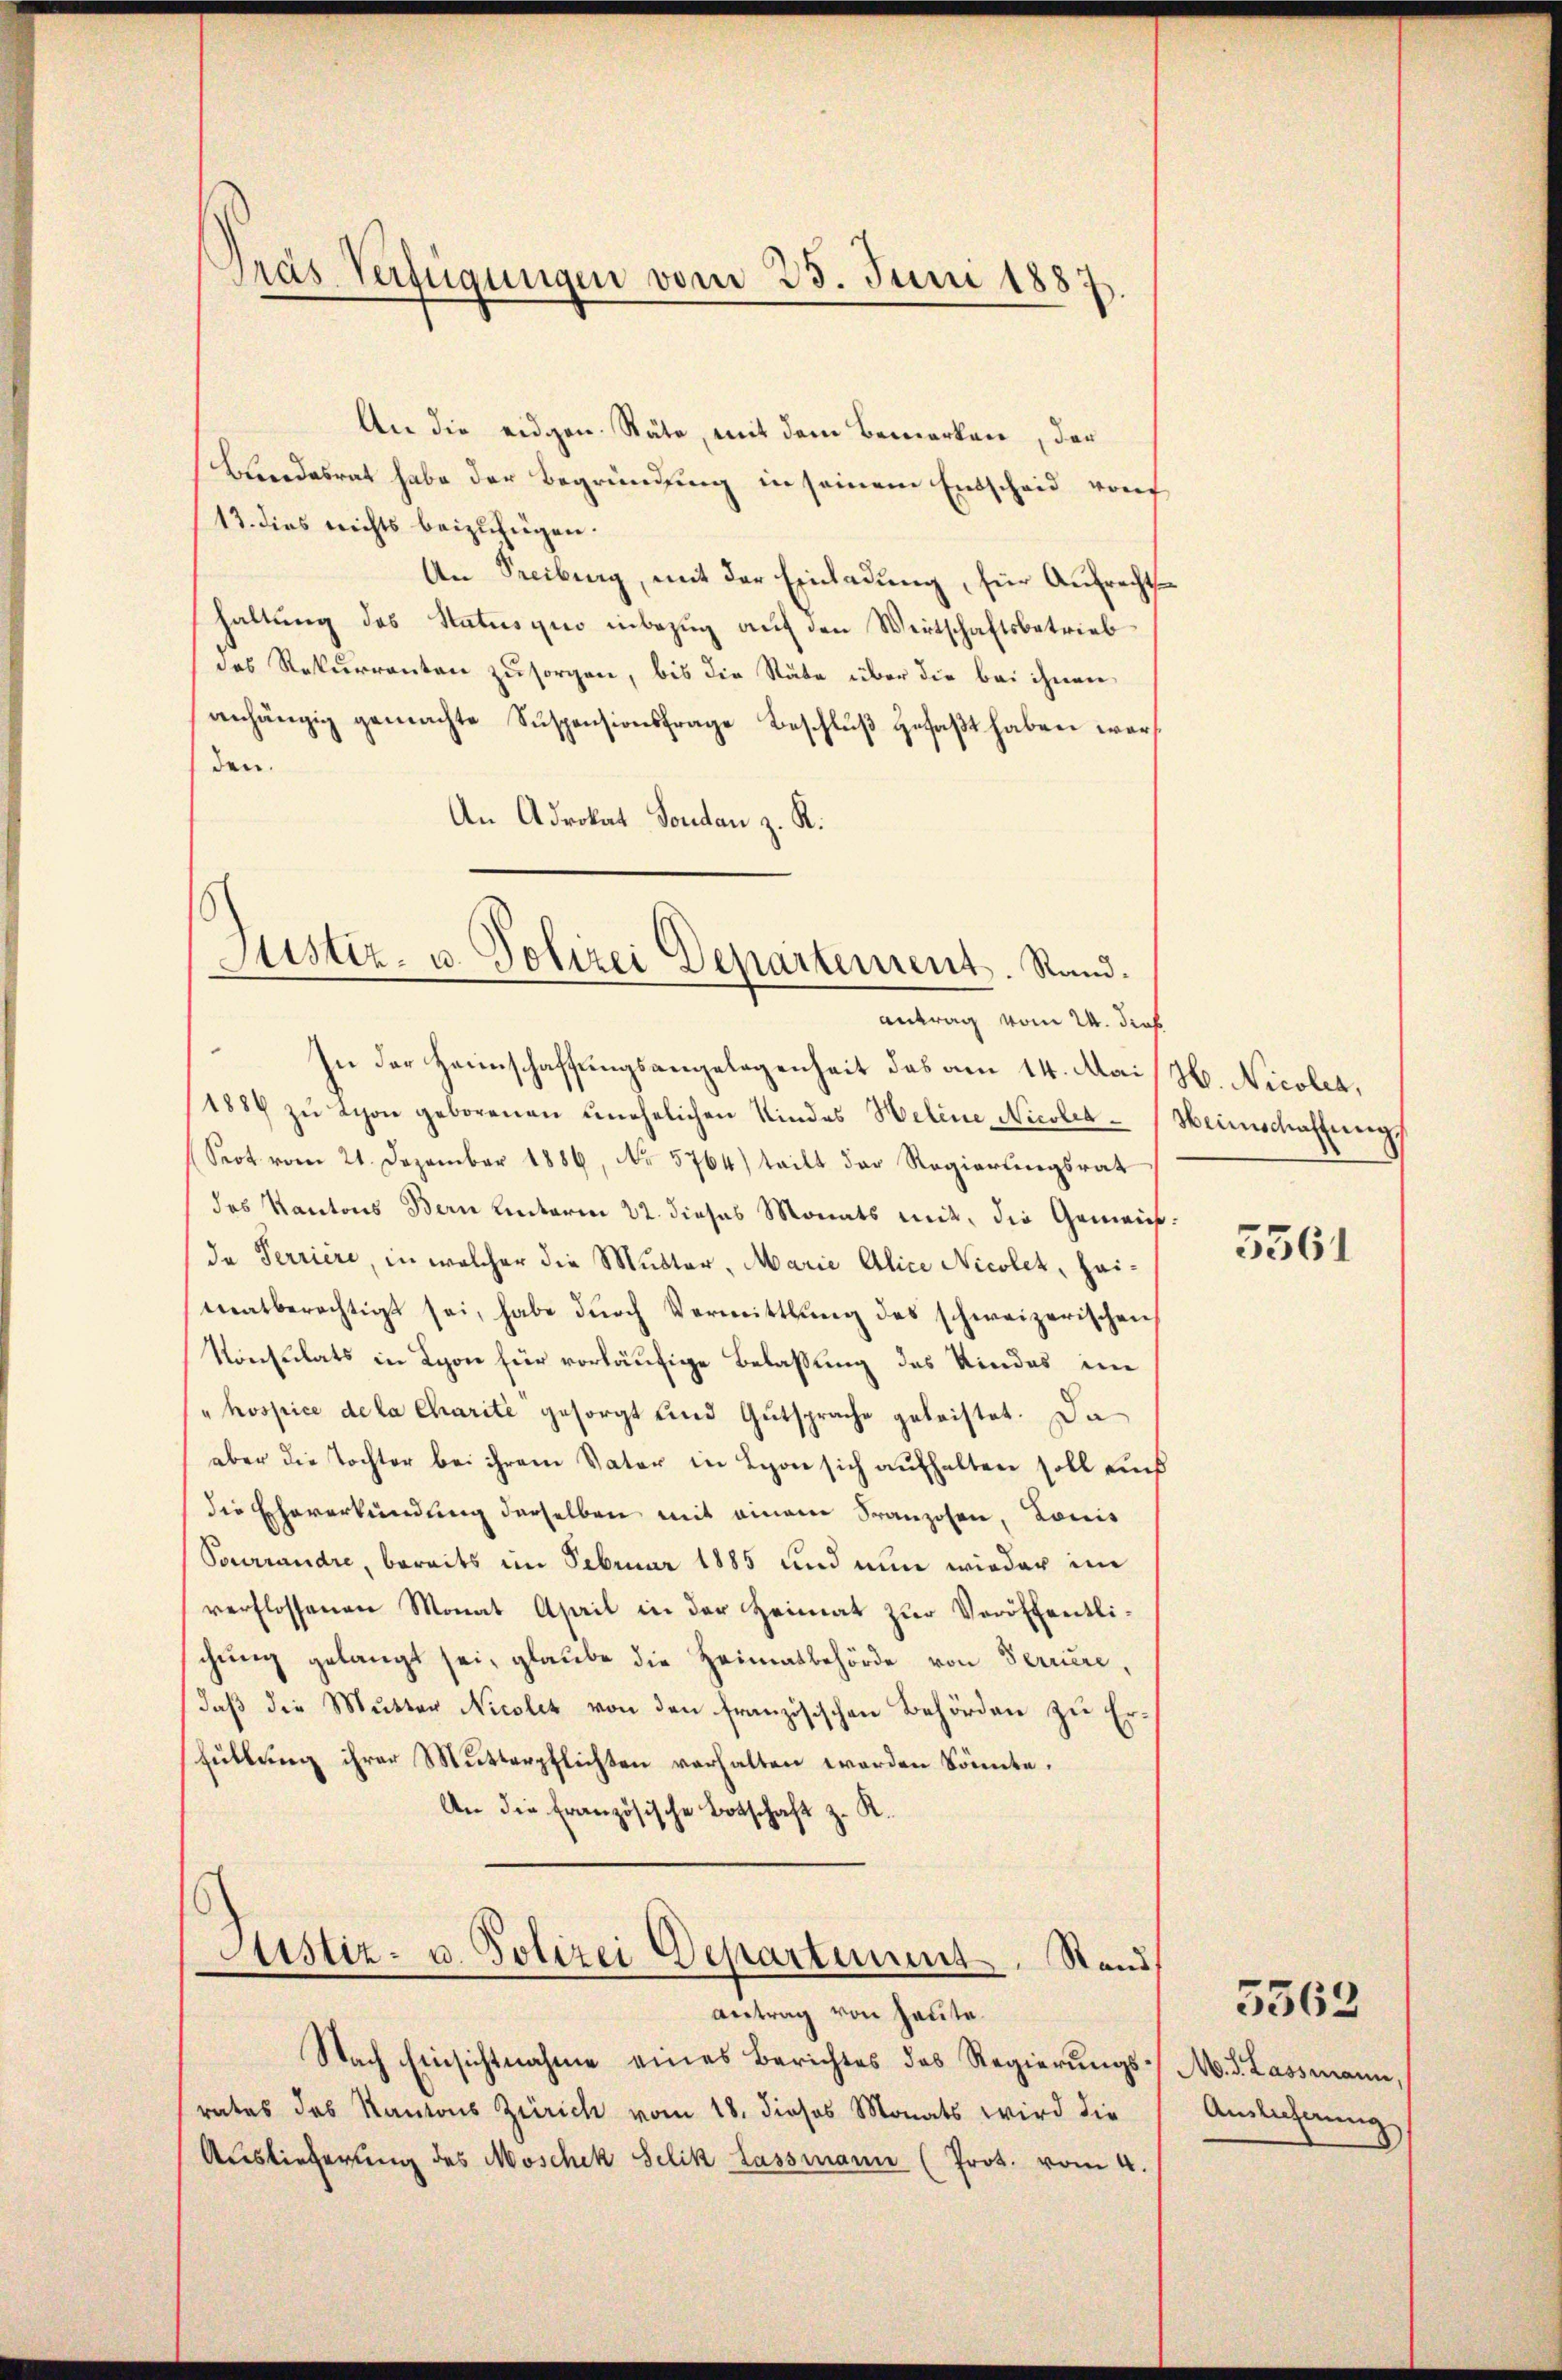
Pras Verfügungen vom 23. Juni 1887

Justiz- u. Polizei Departement. Rand.
antrag vom 24. dies

Antrag von heute.

An die eidgen. Räte, mit dem Bemerken, der
Bundesrat habe der Begründung in seinem Entscheid von
13. dies nichts beizufügen.
An Freiburg, mit der Einladung, für Aufrechtshaltung des Status quo inbezug auf den Wirtschaftsbetrieb
das Rekurrenten zu sorgen, bis die Räte über die bei ihnen
anhängig gemachte Suspensionsfrage Beschluß gefaßt haben wars
den.
An Advokat Fondan z. R.
In der Hannschaffungsangelegenheit des am 14. Mais H. Nicolen,
1884 zŭ Schon geborenen unehelichen Kindes Helene Nicolia¬
Srot vom 21. Dezember 1886, No 5764) teilt der Regierŭngsrat
des Kantons Bern unterm 22. dieses Monats mit, die Gemeindde Terriere, in welcher die Mutter, Marie Alice Nicolet, heimatberechtigt sei, habe dŭrch Vermittlung des schweizerischen
Konsulats in Lyon für vorläufige Belassung des Kindes in
"hospice de la Charite gesorgt und Gutsprache geleistet. Da
aber die Tochter bei ihrem Vater in Lyon sich aufhalten soll und
die Eheverkündung derselben mit einem Franzosen, Louis
Pourrandre, bereits im Februar 1885 und nun wieder im
verflossenen Monat April in der Heimat zur Veröffentlichung gelangt sei, glaube die Heimatbehörde von Fernere,
daß die Mutter Nicolet von den französischen Behörden zu Erfüllung ihrer Mutterpflichten verhalten worden könnte.
An die Französische Botschaft z. K.
Justiz- u. Polizei Departement. Stand

Nach Einsichtnahme eines Berichtes des Regierungsrates das Kantons Zürich vom 18. dieses Monats wird die
Auslieferung des Moschek Selik Lassmann (Prot. vom 4.

Heimschaffung.

5561

M. J. Lassmann,
Amlechnung

5363